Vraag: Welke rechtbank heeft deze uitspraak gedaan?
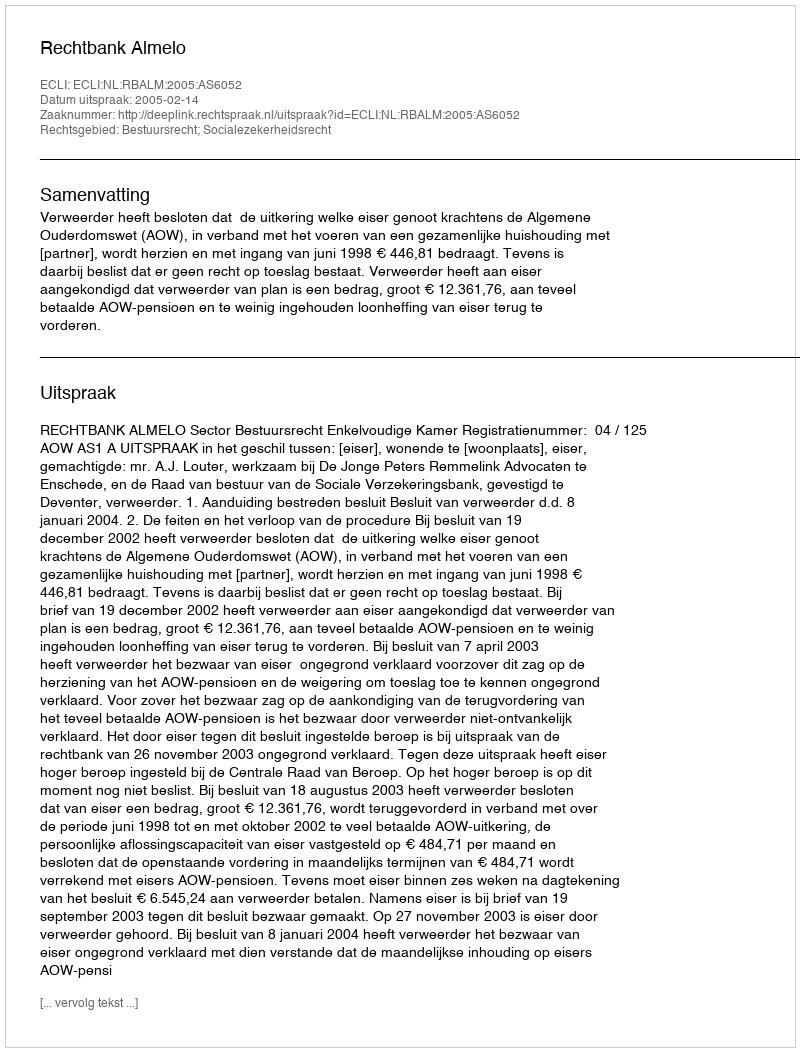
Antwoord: Rechtbank Almelo